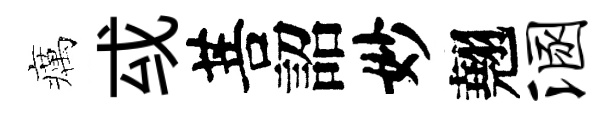
癘㦯菩詔妙翹溷